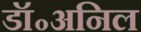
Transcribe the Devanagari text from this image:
डॉ॰अनिल